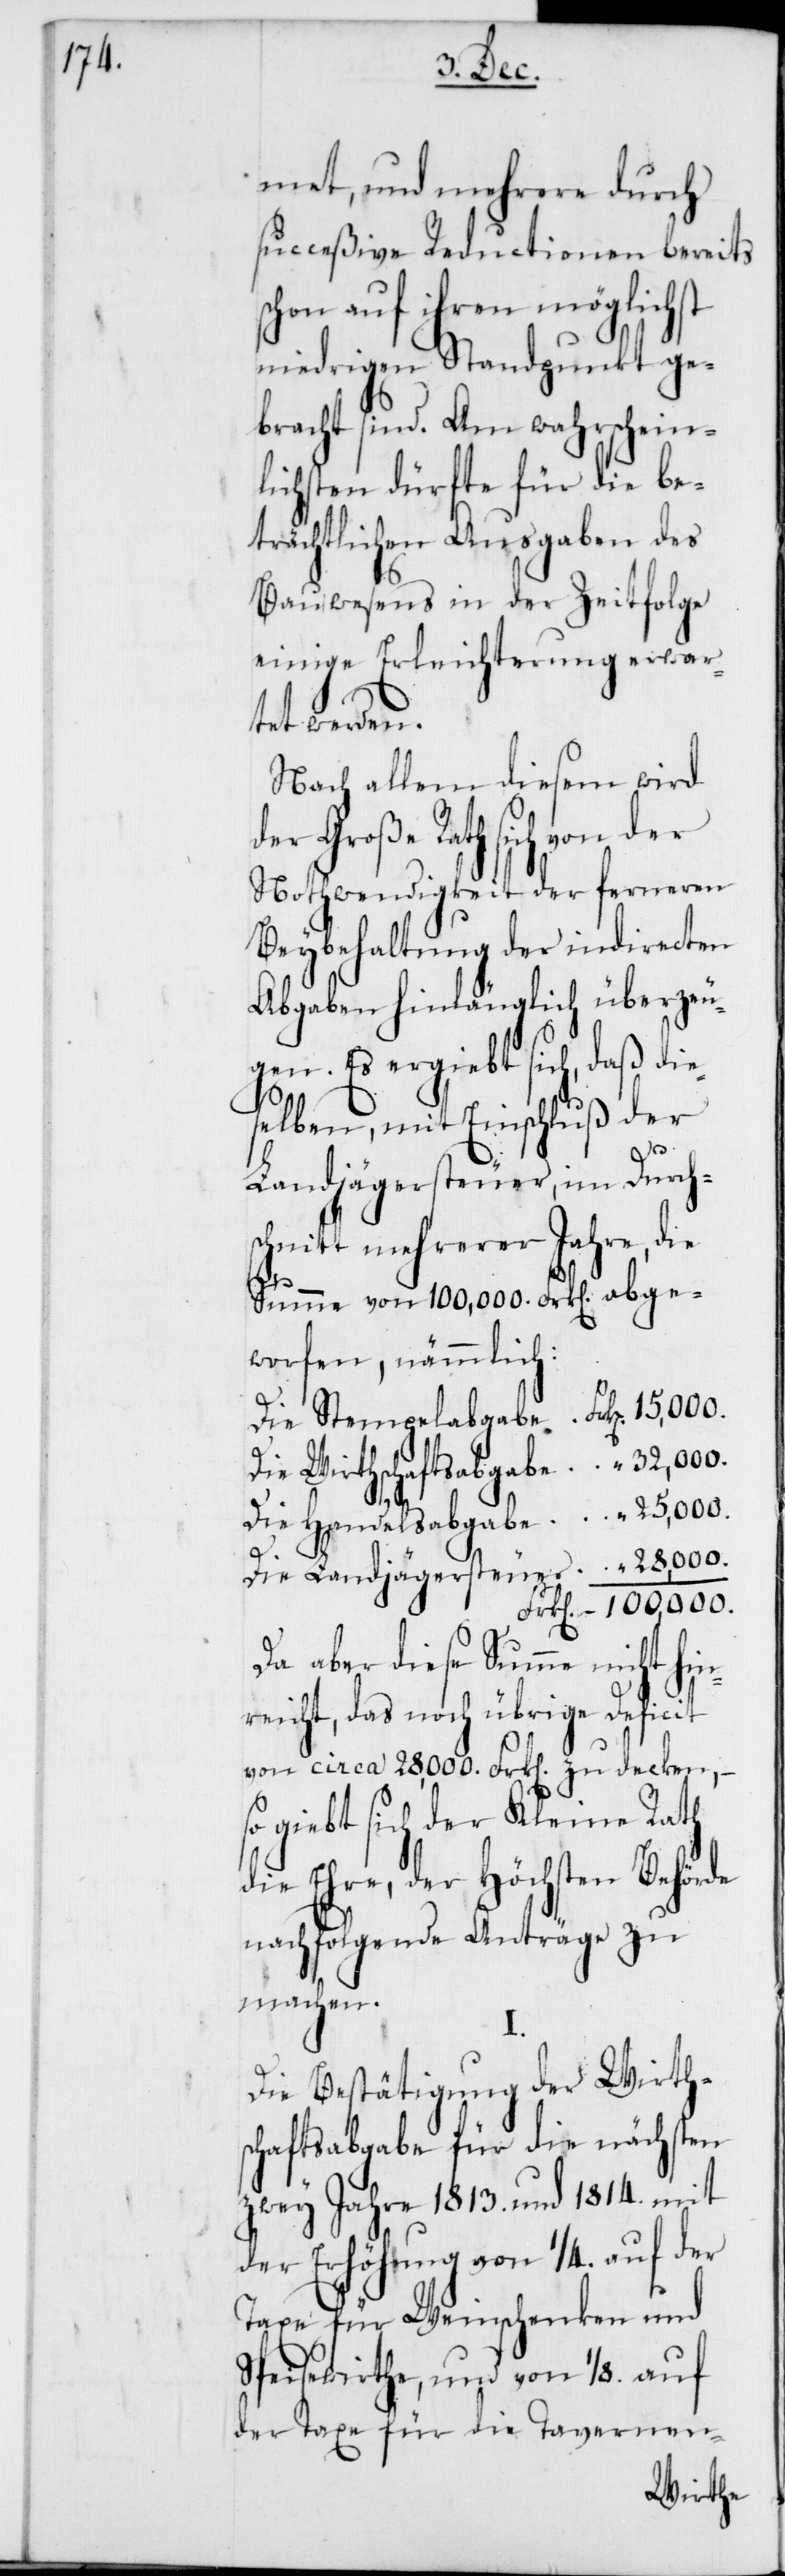
met, und mehrere durch
succeßive Reductionen bereits
schon auf ihrem möglichst
niedrigen Standpunkt ge¬
bracht sind. Am wahrschein¬
lichsten dürfte für die be¬
trächtlichen Ausgaben des
“
Bauwesens in der Zeitfolge
einige Erleichterung erwar¬
tet werden.
Nach allem diesem wird
der Große Rath sich von
Nothwendigkeit der ferneren
Beybehaltung der indirecten
Abgaben hinlänglich überzeu¬
gen. Es ergiebt sich, daß die¬
selben, mit Einschluß der
Die
Landjägersteuer, im Durchs¬
chnitt mehrerer Jahre, die
Summe von 100,000. Frk[en] abge¬
worfen, nämmlich:
Die Wirthschaftabgabe
Da aber diese Summe nicht hi¬
nreicht, das noch übrige Deficit
von circa 28,000. Frk[en] zu decken, –
so giebt sich der Kleine Rath
die Ehre, der Höchsten Behörde
nachfolgende Anträge zu
machen.
I.
Die Bestätigung der Wirth¬
schaftsabgabe für die nächsten
zwey Jahre 1813. und 1814. mit
der Erhöhung von 1/4. auf der
Taxe für Weinschenken und
Speisewirthe, und von 1/8. auf
der Taxe für die Tavernen-